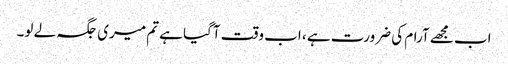
اب مجھے آرام کی ضرورت ہے ، اب وقت آگیا ہے تم میری جگہ لے لو۔